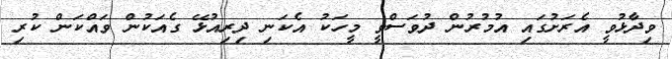
ވިދާޅުވީ އެރަށުގައި އުމުރުން ދުވަސްވީ މީހަކު އެކަނި ދިރިއުޅޭ ގެއަކުން ވައްކަން ކުރި